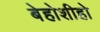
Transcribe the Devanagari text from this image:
बेहोशीहो